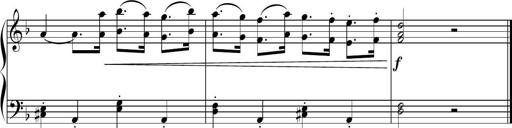
Title: Sonatine basque
Composer: Louis Sauter